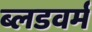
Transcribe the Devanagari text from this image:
ब्लडवर्म